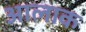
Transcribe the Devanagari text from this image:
आलाक